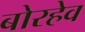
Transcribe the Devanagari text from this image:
बोरहेव